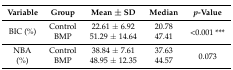
| Variable | Group | Mean ± SD | Median | p-Value |
 | --- | --- | --- | --- | --- |
 | <ROWSPAN=2> BIC (%) | Control | 22.61 ± 6.92 | 20.78 | <ROWSPAN=2> <0.001 *** |
 | BMP | 51.29 ± 14.64 | 47.41 |
 | <ROWSPAN=2> NBA (%) | Control | 38.84 ± 7.61 | 37.63 | <ROWSPAN=2> 0.073 |
 | BMP | 48.95 ± 12.35 | 44.57 |